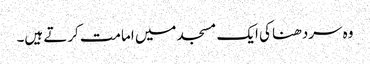
وہ سردھنا کی ایک مسجد میں امامت کرتے ہیں۔